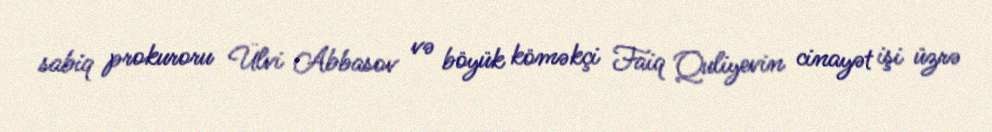
sabiq prokuroru Ülvi Abbasov və böyük köməkçi Faiq Quliyevin cinayət işi üzrə